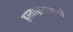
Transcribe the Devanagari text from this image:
हस्ताक्षरामध्ये